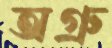
অগ্রু